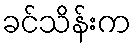
ခင်သိန်းက